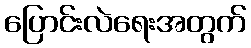
ပြောင်းလဲရေးအတွက်